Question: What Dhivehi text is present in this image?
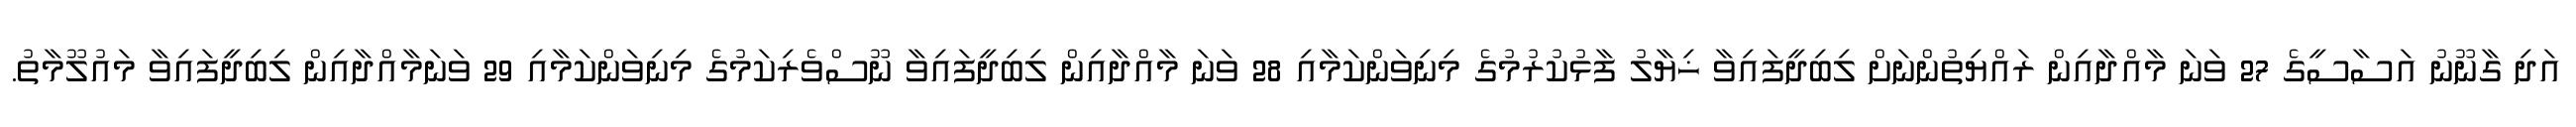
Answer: އަދި ގާނޫނު އަސާސީގެ 27 ވަނަ މާއްދާއިން ރައްޔިތުންނަށް ލިބިދީފައިވާ ޚިޔާލު ފާޅުކުރުމުގެ މިނިވަންކަމާއި 28 ވަނަ މާއްދާއިން ލިބިދީފައިވާ ނޫސްވެރިކަމުގެ މިނިވަންކަމާއި 29 ވަނަމާއްދާއިން ލިބިދީފައިވާ މައުލޫމާތު.